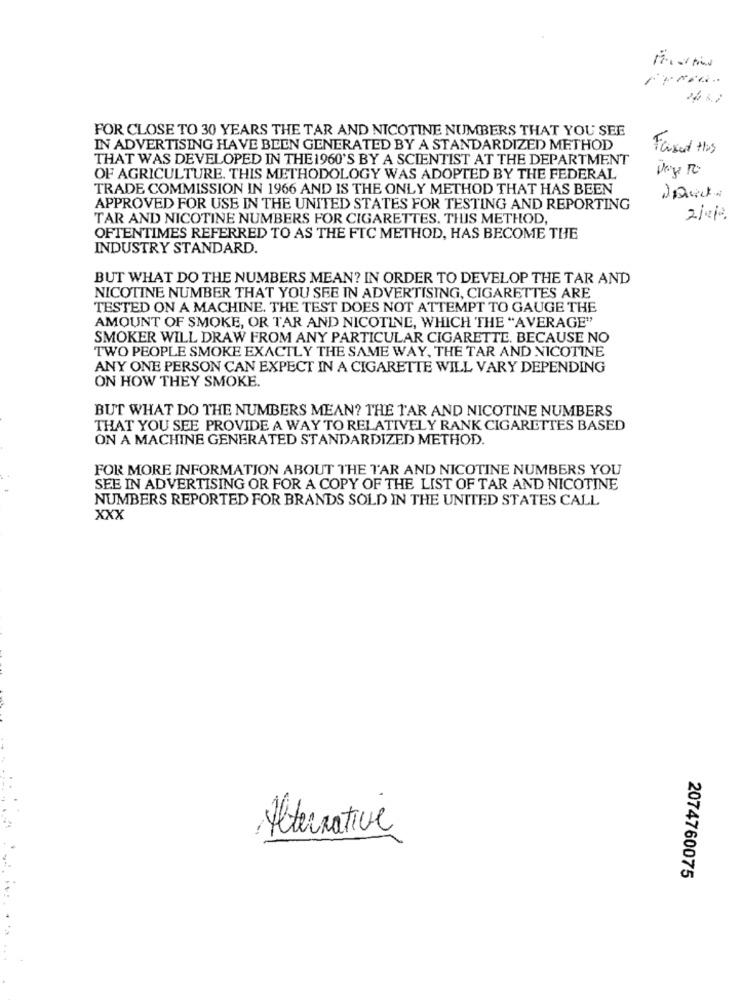
FOR CLOSE TO 30 YEARS THE TAR AND NICOTINE NUMBERS THAT YOU SEE
IN ADVERTISING HAVE BEEN GENERATED BY A STANDARDIZED METHOD
Faxed Hos
THAT WAS DEVELOPED IN THE 1960'S BY A SCIENTIST AT THE DEPARTMENT
OF AGRICULTURE. THIS METHODOLOGY WAS ADOPTED BY THE FEDERAL
TRADE COMMISSION IN 1966 AND IS THE ONLY METHOD THAT HAS BEEN
APPROVED FOR USE IN THE UNITED STATES FOR TESTING AND REPORTING
TAR AND NICOTINE NUMBERS FOR CIGARETTES. THIS METHOD,
OFTENTIMES REFERRED TO AS THE FTC METHOD, HAS BECOME THE
INDUSTRY STANDARD.
BUT WHAT DO THE NUMBERS MEAN? IN ORDER TO DEVELOP THE TAR AND
NICOTINE NUMBER THAT YOU SEE IN ADVERTISING, CIGARETTES ARE
TESTED ON A MACHINE. THE TEST DOES NOT ATTEMPT TO GAUGE THE
AMOUNT OF SMOKE, OR TAR AND NICOTINE, WHICH THE "AVERAGE"
SMOKER WILL DRAW FROM ANY PARTICULAR CIGARETTE. BECAUSE NO
TWO PEOPLE SMOKE EXACTLY THE SAME WAY, THE TAR AND NICOTINE
ANY ONE PERSON CAN EXPECT IN A CIGARETTE WILL VARY DEPENDING
ON HOW THEY SMOKE.
BUT WHAT DO THE NUMBERS MEAN? THE TAR AND NICOTINE NUMBERS
THAT YOU SEE PROVIDE A WAY TO RELATIVELY RANK CIGARETTES BASED
ON A MACHINE GENERATED STANDARDIZED METHOD.
FOR MORE INFORMATION ABOUT THE TAR AND NICOTINE NUMBERS YOU
SEE IN ADVERTISING OR FOR A COPY OF THE LIST OF TAR AND NICOTINE
NUMBERS REPORTED FOR BRANDS SOLD IN THE UNITED STATES CALL
XXX
Alternative
2074760075